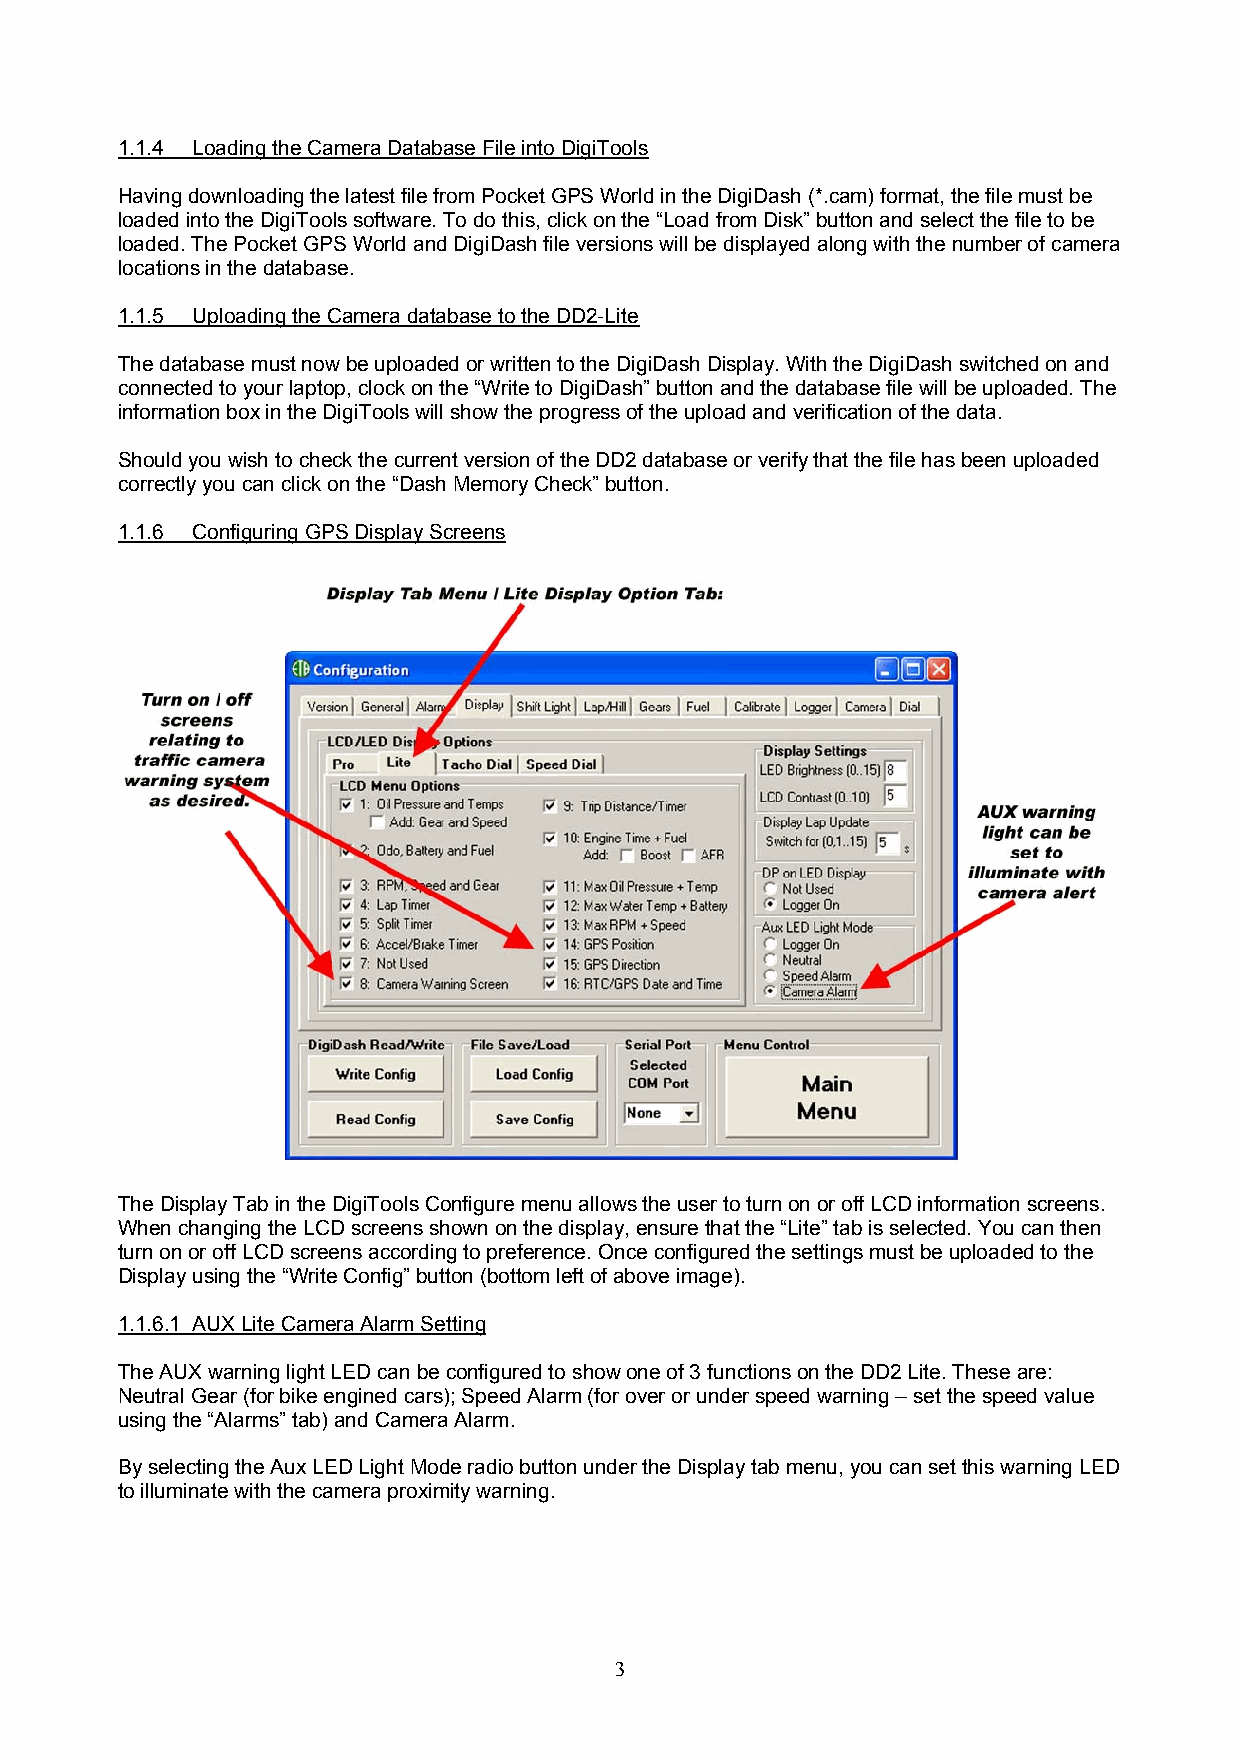
1.1.4 Loading the Camera Database File into DigiTools
 Having downloading the latest file from Pocket GPS World in the DigiDash (*.cam) format, the file must be
 loaded into the DigiTools software. To do this, click on the “Load from Disk” button and select the file to be
 loaded. The Pocket GPS World and DigiDash file versions will be displayed along with the number of camera
 locations in the database.
 1.1.5 Uploading the Camera database to the DD2-Lite
 The database must now be uploaded or written to the DigiDash Display. With the DigiDash switched on and
 connected to your laptop, clock on the “Write to DigiDash” button and the database file will be uploaded. The
 information box in the DigiTools will show the progress of the upload and verification of the data.
 Should you wish to check the current version of the DD2 database or verify that the file has been uploaded
 correctly you can click on the “Dash Memory Check” button.
 1.1.6 Configuring GPS Display Screens
 The Display Tab in the DigiTools Configure menu allows the user to turn on or off LCD information screens.
 When changing the LCD screens shown on the display, ensure that the “Lite” tab is selected. You can then
 turn on or off LCD screens according to preference. Once configured the settings must be uploaded to the
 Display using the “Write Config” button (bottom left of above image).
 1.1.6.1 AUX Lite Camera Alarm Setting
 The AUX warning light LED can be configured to show one of 3 functions on the DD2 Lite. These are:
 Neutral Gear (for bike engined cars); Speed Alarm (for over or under speed warning – set the speed value
 using the “Alarms” tab) and Camera Alarm.
 By selecting the Aux LED Light Mode radio button under the Display tab menu, you can set this warning LED
 to illuminate with the camera proximity warning.
 3